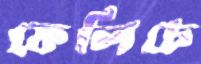
ফেলিচে